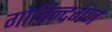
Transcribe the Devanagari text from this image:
गोबिन्दगंज